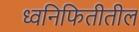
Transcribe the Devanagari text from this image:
ध्वनिफितीतील